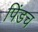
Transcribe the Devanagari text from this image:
पिंडच